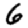
Digit: 6